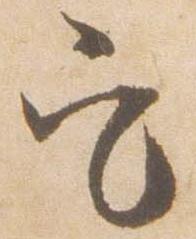
定